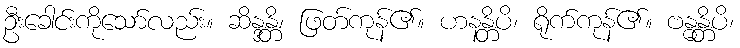
ဦးခေါင်းကိုသော်လည်း။ ဆိန္ဒန္တိ၊ ဖြတ်ကုန်၏။ ဟနန္တိပိ၊ ရိုက်ကုန်၏။ ဗန္ဓန္တိပိ၊